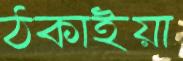
ঠকাইয়া